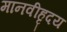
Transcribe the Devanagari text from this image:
मानवीहृदय